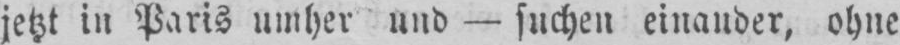
jetzt in Paris umher und - suchen einander, ohne